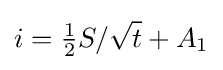
i={\tfrac {1}{2}}S/{\sqrt {t}}+A_{1}